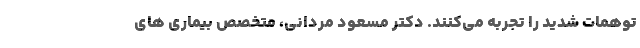
توهمات شدید را تجربه می‌کنند. دکتر مسعود مردانی، متخصص بیماری های